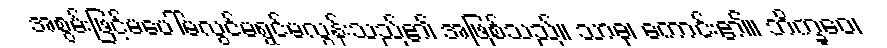
အစွမ်းဖြင့်မပေါ်မလွင်မရွင်မလွန်းသည်၏ အဖြစ်သည်။ သာဓု၊ ကောင်း၏။ ဘိက္ခဝေ၊